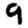
Digit: 9